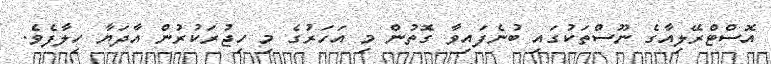
އޮސްޓްރޭލިއާގެ ނޫސްތަކުގައި ބުނެފައިވާ ގޮތުން މި އަހަރުގެ މި ހިޖުރަކުރުން އާދަޔާ ހިލާފެވެ.